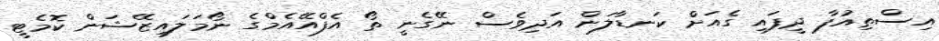
އިސްތިއުފާ ދީފައި ގެއަށް ކަނޑާލަން އަދިވެސް ނޭގެނީ ތޯ އެފްއޭއެމްގެ ނޯމަލައިޒޭޝަން ކޮމެޓީ